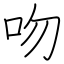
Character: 吻